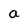
Character: a